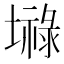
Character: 𪤤